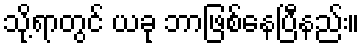
သို့ရာတွင် ယခု ဘာဖြစ်နေပြီနည်း။